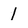
Character: 1